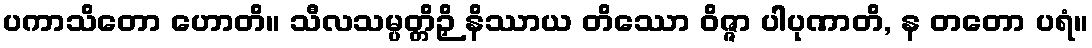
ပကာသိတော ဟောတိ။ သီလသမ္ပတ္တိဉှိ နိဿာယ တိဿော ဝိဇ္ဇာ ပါပုဏာတိ, န တတော ပရံ။